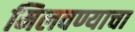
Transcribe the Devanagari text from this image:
मिलवण्याचा